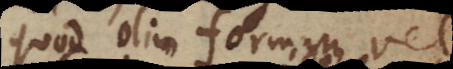
quod olim formam vel